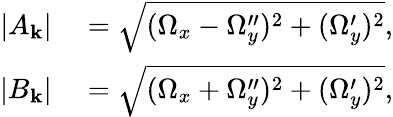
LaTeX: \begin{array}{rl}{|A_{\mathbf{k}}|}&{{}=\sqrt{(\Omega_{x}-\Omega_{y}^{\prime\prime})^{2}+(\Omega_{y}^{\prime})^{2}},}\\ {|B_{\mathbf{k}}|}&{{}=\sqrt{(\Omega_{x}+\Omega_{y}^{\prime\prime})^{2}+(\Omega_{y}^{\prime})^{2}},}\end{array}